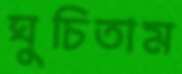
ঘুচিতাম